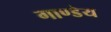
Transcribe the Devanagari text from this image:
गाण्डेय